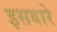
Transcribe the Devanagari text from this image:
इसबारे